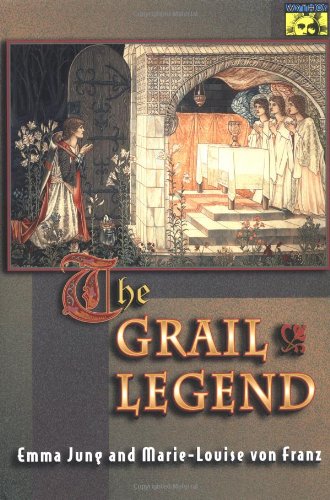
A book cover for The Grail Legend; Emma Jung; Literature & Fiction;